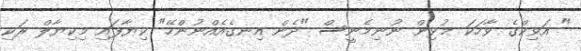
" އަވިކްގެ ވާހަކަ މުޅިން ނުނިމެނީސް "ދެން އިނގެއެއްނުންހޭ" ކިޔާފައި މިކިޔާލް ރަކި